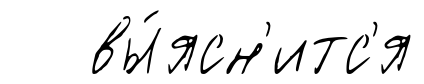
вы́ясн'итс'я